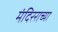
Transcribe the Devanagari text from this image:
मंदिरराच्या